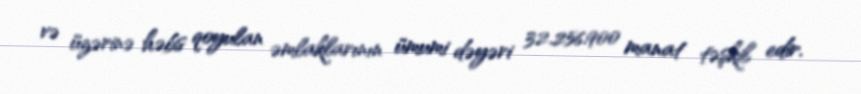
və üzərinə həbs qoyulan əmlaklarının ümumi dəyəri 32.256.900 manat təşkil edir.